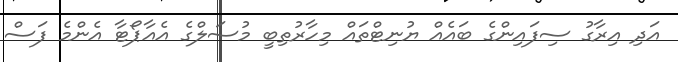
އަދި އިރާގު ސިފައިންގެ ބައެއް ޔުނިޓްތައް މިހާރުތިބީ މުސަލްގެ އެއާޕޯޓާ އެންމެ ފަސް